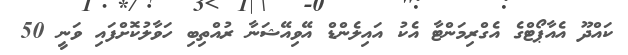
ކައްދޫ އެއާޕޯޓްގެ އެގްރިމަންޓާ އެކު އައިލެންޑް އޭވިއޭޝަނާ ރުއްތިބި ހަވާލުކޮށްފައި ވަނީ 50